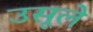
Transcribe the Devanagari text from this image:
उसूले